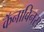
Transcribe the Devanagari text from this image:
कॅनाबिनस